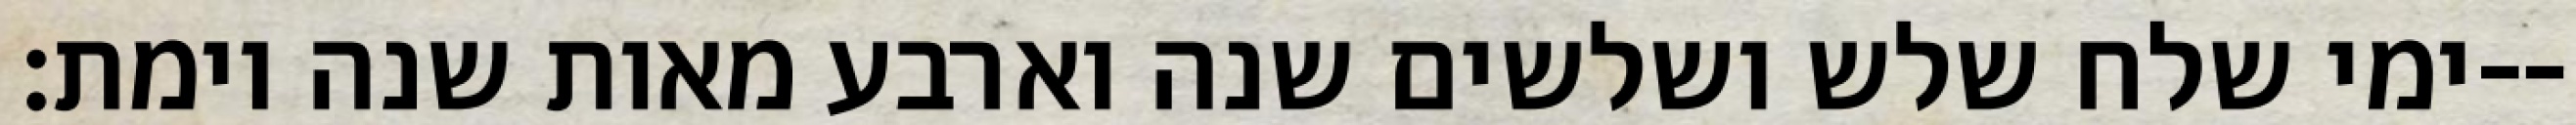
ימי שלח שלש ושלשים שנה וארבע מאות שנה וימת׃--